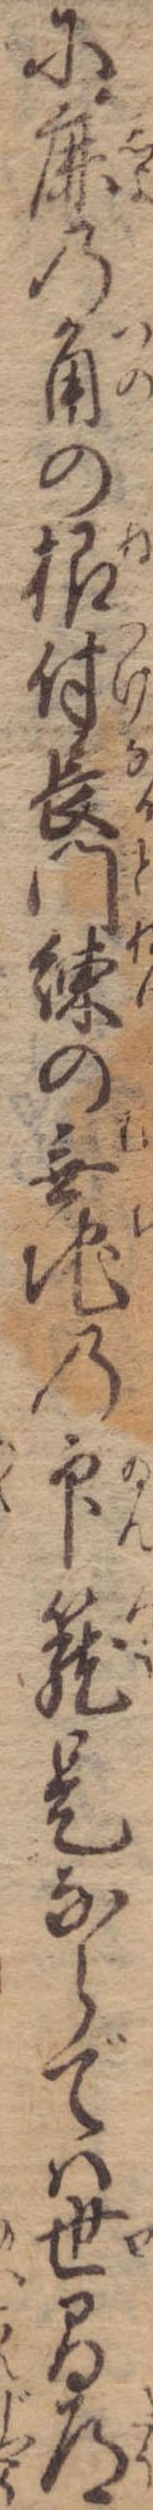
に鹿の角の根付長門練の無地の印篭是ならでは世間道